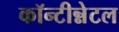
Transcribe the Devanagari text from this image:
कॉन्टीन्नेटल